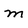
Character: M